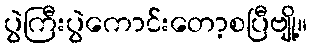
ပွဲကြီးပွဲကောင်းတော့စပြီဗျို့။